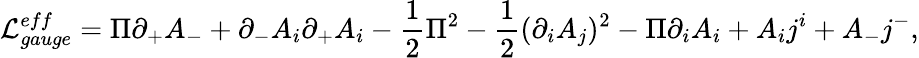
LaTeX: {\cal L}_{gauge}^{eff}=\Pi\partial_{+}A_{-}+\partial_{-}A_{i}\partial_{+}A_{i}-\frac 12\Pi^{2}-\frac 12(\partial_{i}A_{j})^{2}-\Pi\partial_{i}A_{i}+A_{i}j^{i}+A_{-}j^{-},